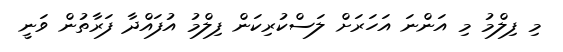
މި ފިލްމު މި އަންނަ އަހަރަށް ލަސްކުރިކަން ފިލްމު އުފައްދާ ފަރާތުން ވަނީ